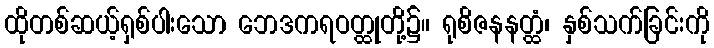
ထိုတစ်ဆယ့်ရှစ်ပါးသော ဘေဒကရဝတ္ထုတို့၌။ ရုစိဇနနတ္ထံ၊ နှစ်သက်ခြင်းကို